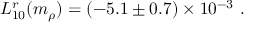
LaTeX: L _ { 1 0 } ^ { r } ( m _ { \rho } ) = \left( - 5 . 1 \pm 0 . 7 \right) \times 1 0 ^ { - 3 } \ .